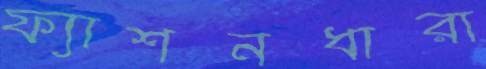
ফ্যাশনধারা